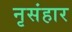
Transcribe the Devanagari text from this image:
नृसंहार